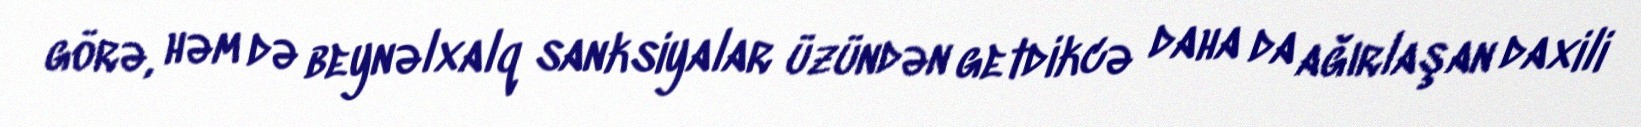
görə, həm də beynəlxalq sanksiyalar üzündən getdikcə daha da ağırlaşan daxili